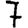
Digit: 7